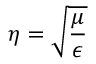
\eta = { \sqrt { \frac { \mu } { \epsilon } } }